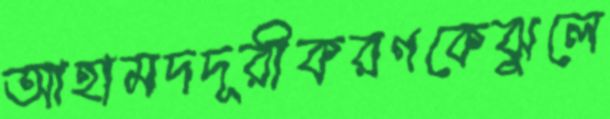
আহামদদূরীকরণকেঝুলে